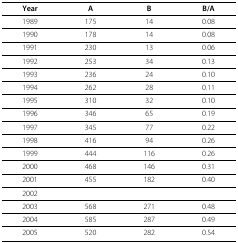
<table><thead><tr><td><b>Year</b></td><td><b>A</b></td><td><b>B</b></td><td><b>B/A</b></td></tr></thead><tbody><tr><td>1989</td><td>175</td><td>14</td><td>0.08</td></tr><tr><td>1990</td><td>178</td><td>14</td><td>0.08</td></tr><tr><td>1991</td><td>230</td><td>13</td><td>0.06</td></tr><tr><td>1992</td><td>253</td><td>34</td><td>0.13</td></tr><tr><td>1993</td><td>236</td><td>24</td><td>0.10</td></tr><tr><td>1994</td><td>262</td><td>28</td><td>0.11</td></tr><tr><td>1995</td><td>310</td><td>32</td><td>0.10</td></tr><tr><td>1996</td><td>346</td><td>65</td><td>0.19</td></tr><tr><td>1997</td><td>345</td><td>77</td><td>0.22</td></tr><tr><td>1998</td><td>416</td><td>94</td><td>0.26</td></tr><tr><td>1999</td><td>444</td><td>116</td><td>0.26</td></tr><tr><td>2000</td><td>468</td><td>146</td><td>0.31</td></tr><tr><td>2001</td><td>455</td><td>182</td><td>0.40</td></tr><tr><td>2002</td><td></td><td></td><td></td></tr><tr><td>2003</td><td>568</td><td>271</td><td>0.48</td></tr><tr><td>2004</td><td>585</td><td>287</td><td>0.49</td></tr><tr><td>2005</td><td>520</td><td>282</td><td>0.54</td></tr></tbody></table>